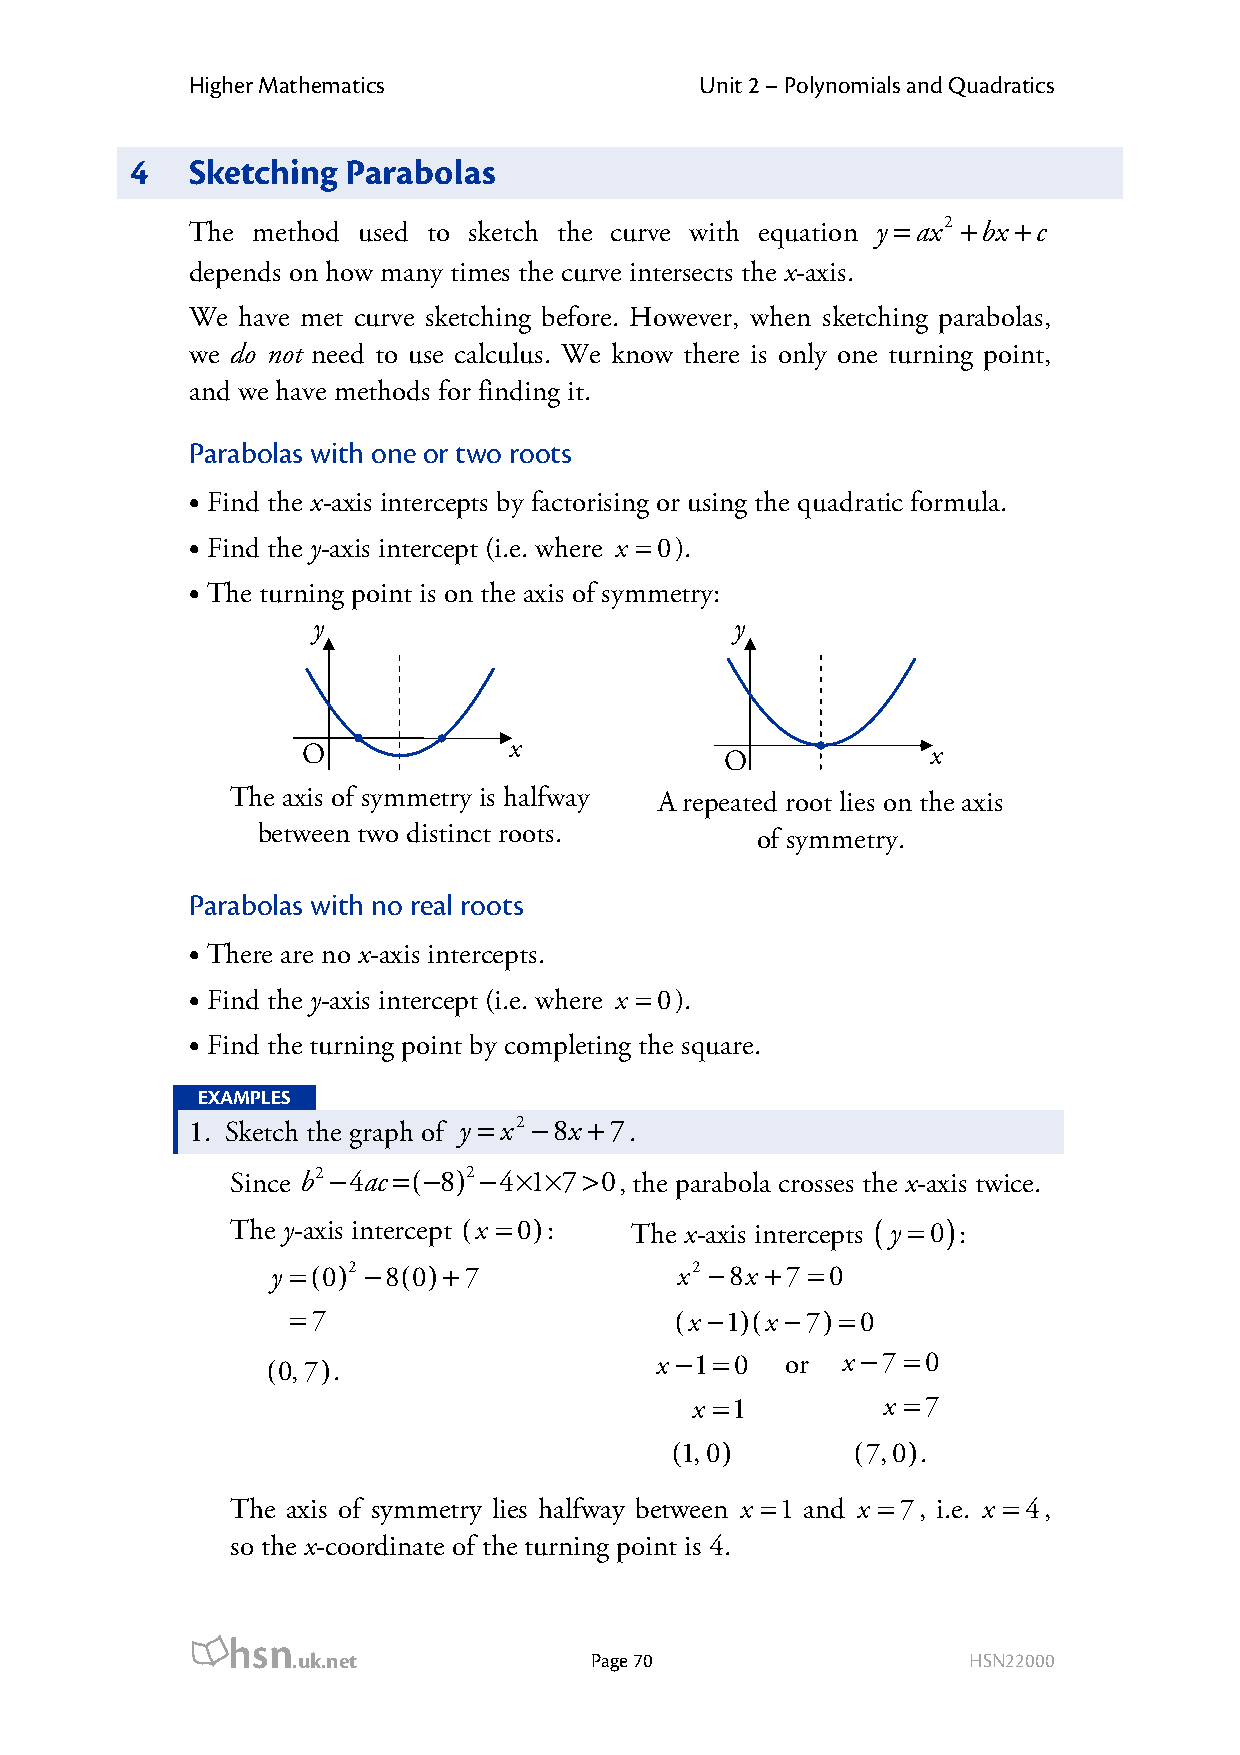
Higher Mathematics               Unit 2 – Polynomials and Quadratics
 4   Sketching Parabolas
 The method used to sketch the curve with equation y =ax2 +bx +c
 depends on how many times the curve intersects the x-axis.
 We have met curve sketching before. However, when sketching parabolas,
 we do not need to use calculus. We know there is only one turning point,
 and we have methods for finding it.
 Parabolas with one or two roots
 • Find the x-axis intercepts by factorising or using the quadratic formula.
 • Find the y-axis intercept (i.e. where x =0).
 • The turning point is on the axis of symmetry:
 y                           y
 O             x             O             x
 The axis of symmetry is halfway A repeated root lies on the axis
 between two distinct roots.      of symmetry.
 Parabolas with no real roots
 • There are no x-axis intercepts.
 • Find the y-axis intercept (i.e. where x =0).
 • Find the turning point by completing the square.
 EXAMPLES
 1. Sketch the graph of y = x2 −8x +7.
 Since b2−4ac=(−8)2−4×1×7>0, the parabola crosses the x-axis twice.
 The y-axis intercept (x =0): The x-axis intercepts ( y =0) :
 y =(0)2 −8(0)+7            x2 −8x +7 =0
 =7                        (x −1)(x −7)=0
 (0,7).                   x −1=0   or  x −7 =0
 x =1        x =7
 (1,0)       (7,0).
 The axis of symmetry lies halfway between x =1 and x =7, i.e. x = 4,
 so the x-coordinate of the turning point is 4.
 hsn
 .uk.net             Page 70                  HSN22000